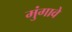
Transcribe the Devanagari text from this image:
मुंगावे